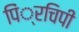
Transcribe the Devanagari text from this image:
पिं्रचिपी